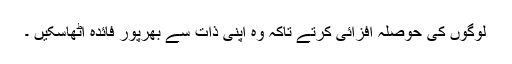
لوگوں کی حوصلہ افزائی کرتے تاکہ وہ اپنی ذات سے بھرپور فائدہ اٹھاسکیں ۔